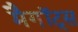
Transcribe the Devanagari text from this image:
मैगॉट्स